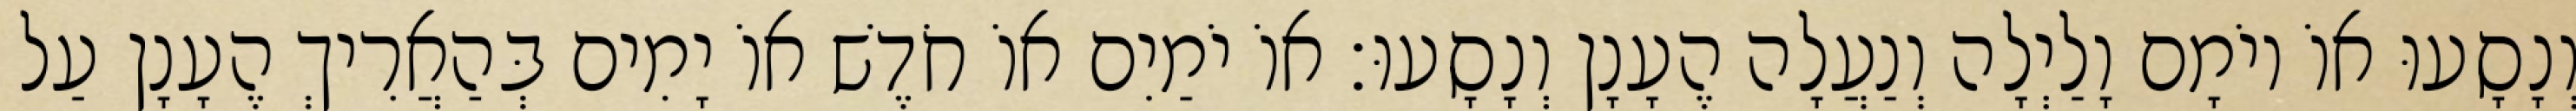
וְנָסָעוּ אוֹ יוֹמָם וָלַיְלָה וְנַעֲלָה הֶעָנָן וְנָסָעוּ׃ אוֹ יֹמַיִם אוֹ חֹדֶשׁ אוֹ יָמִים בְּהַאֲרִיךְ הֶעָנָן עַל